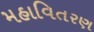
મહાવિતરણ